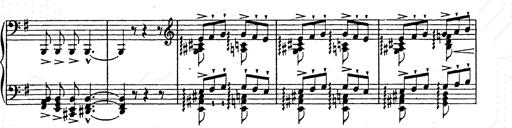
Title: Ab irato
Composer: Franz Liszt